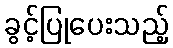
ခွင့်ပြုပေးသည့်